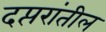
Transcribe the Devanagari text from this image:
दप्तरांतील